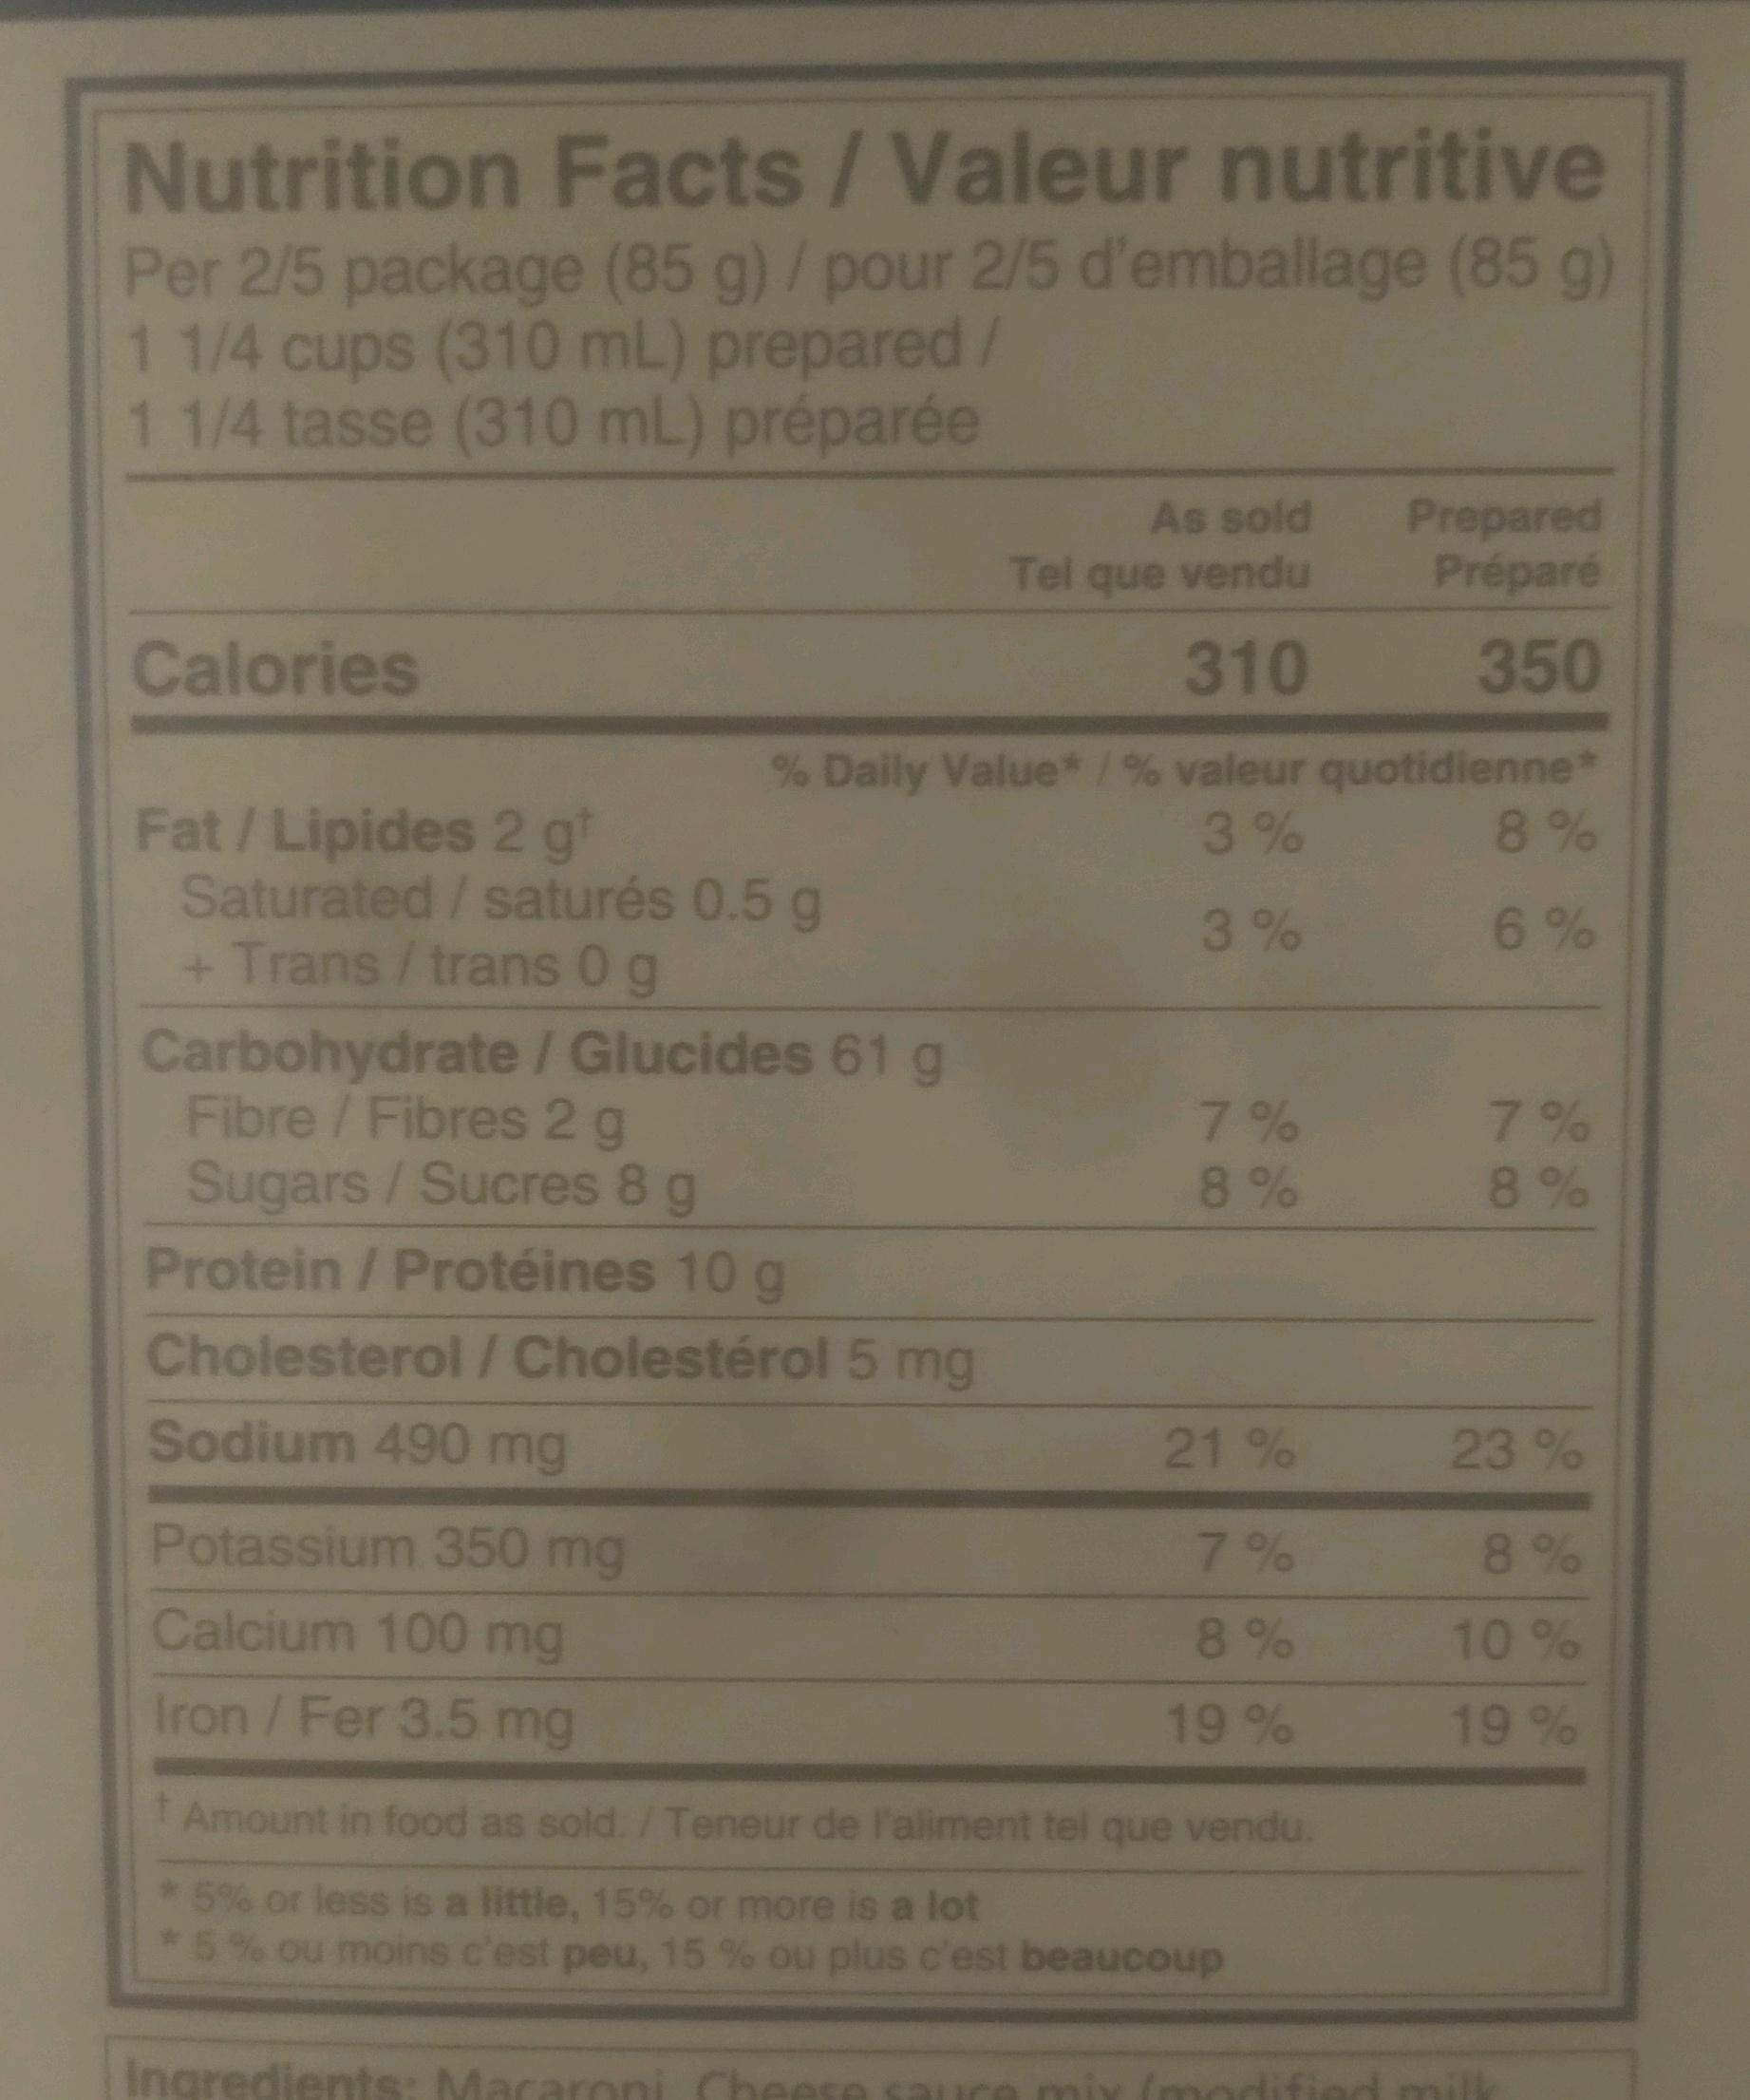
Nutrition Facts / Valeur nutritive Per 2/5 package (85 g) / pour 2/5 d'emballage (85 g) 1 1/4 cups (310 mL) prepared/ 1 1/4 tasse (310 mL) préparée
Calories
Fat/Lipides 2 gt Saturated/saturés 0.5 g + Trans / trans 0 g
Carbohydrate / Glucides 61 g
Fibre / Fibres 2 g Sugars / Sucres 8 g
Protein / Protéines 10 g
Cholesterol / Cholestérol 5 mg
Sodium 490 mg
Potassium 350 mg
Calcium 100 mg
Iron / Fer 3.5 mg
As sold Tel que vendu
310
% Daily Value*/% valeur quotidienne*
3%
3%
7%
8%
21%
7%
8%
19%
Prepared Préparé
350
Amount in food as sold. /Teneur de l'aliment tel que vendu.
* 5% or less is a little, 15% or more is a lot
* 5% ou moins c'est peu, 15 % ou plus c'est beaucoup
8%
6%
7%
8%
23 %
8%
10%
19%
Ingredients: Macaroni Cheese sauce mix (modified milk